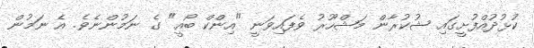
ކުޅުދުއްފުށީގައި ޝުކުރާން މަޝްހޫރު ވެފައިވަނީ "އިންކް ބޯއީ" ގެ ނަމުންނެވެ. އެ ނަމުން